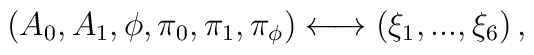
\left( A_{0},A_{1},\phi ,\pi _{0},\pi _{1},\pi _{\phi }\right)\longleftrightarrow \left( \xi _{1},...,\xi _{6}\right) ,